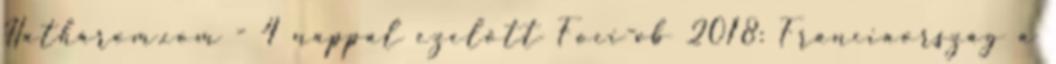
Hathárom.com - 4 nappal ezelőtt Foci-vb 2018: Franciaország a